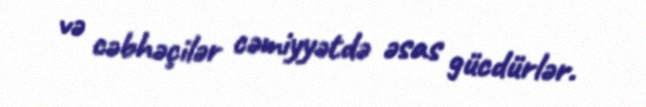
və cəbhəçilər cəmiyyətdə əsas gücdürlər.